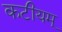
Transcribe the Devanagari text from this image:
कटीयम्‌